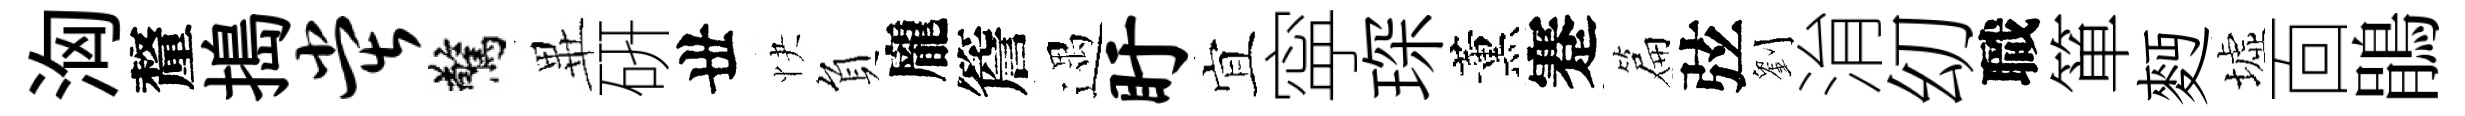
洶釐搗堂驚𭺾硏丗快負龐簷遇盱宜寜琛薰蹇篇弦劉㳙㓜職箪麪墟靣鵑